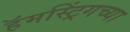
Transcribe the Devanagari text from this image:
हॅमस्ट्रिंगच्या